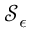
\mathcal { S } _ { \epsilon }